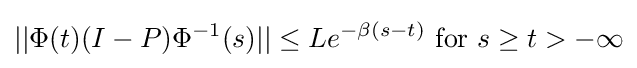
||\Phi (t)(I-P)\Phi ^{-1}(s)||\leq Le^{-\beta (s-t)}{\mbox{ for }}s\geq t>-\infty